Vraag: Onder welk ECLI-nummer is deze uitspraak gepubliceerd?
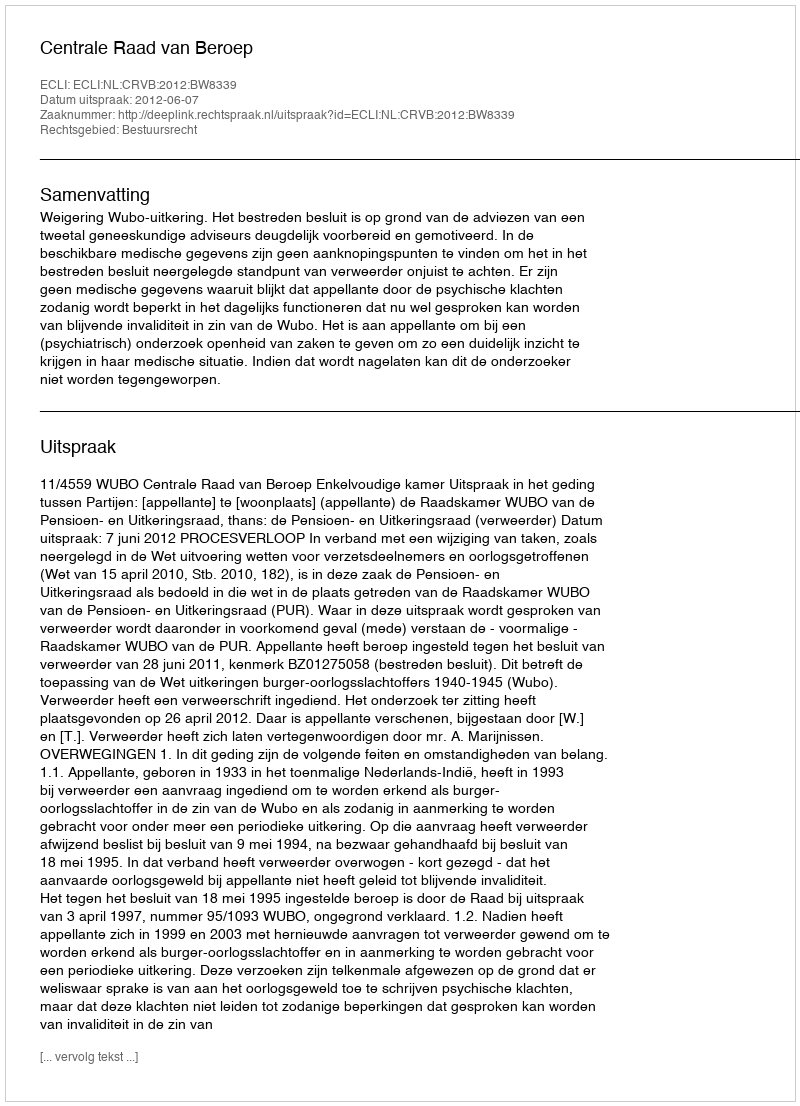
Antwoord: ECLI:NL:CRVB:2012:BW8339